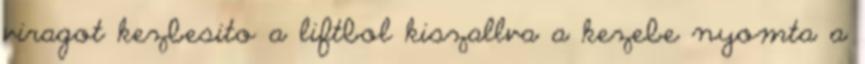
viragot kezbesito a liftbol kiszallva a kezebe nyomta a